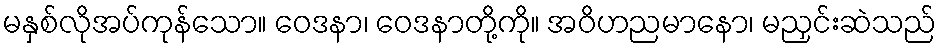
မနှစ်လိုအပ်ကုန်သော။ ဝေဒနာ၊ ဝေဒနာတို့ကို။ အဝိဟညမာနော၊ မညှင်းဆဲသည်